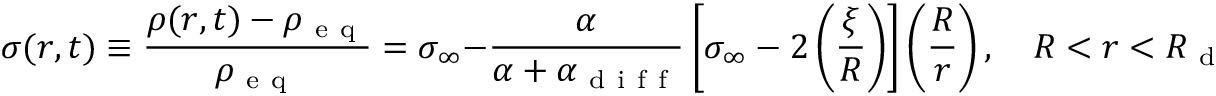
\sigma ( r , t ) \equiv \frac { \rho ( r , t ) - \rho _ { \mathrm { ~ e ~ q ~ } } } { \rho _ { \mathrm { ~ e ~ q ~ } } } = \sigma _ { \infty } - \frac { \alpha } { \alpha + \alpha _ { \mathrm { ~ d ~ i ~ f ~ f ~ } } } \left[ \sigma _ { \infty } - 2 \left( \frac { \xi } { R } \right) \right] \left( \frac { R } { r } \right) , \quad R < r < R _ { \mathrm { ~ d ~ r ~ o ~ p ~ } } .